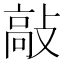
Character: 敲